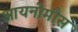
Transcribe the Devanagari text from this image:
आयनोमौस